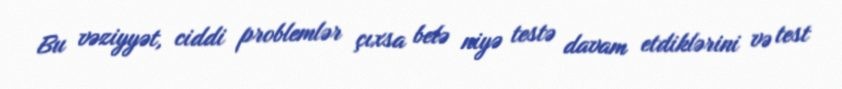
Bu vəziyyət, ciddi problemlər çıxsa belə niyə testə davam etdiklərini və test